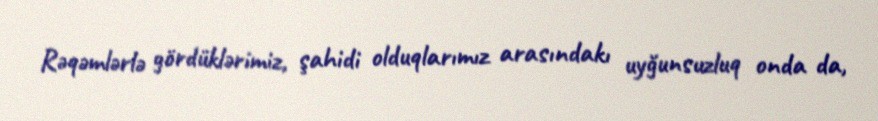
Rəqəmlərlə gördüklərimiz, şahidi olduqlarımız arasındakı uyğunsuzluq onda da,